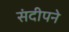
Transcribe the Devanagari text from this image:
संदीपने